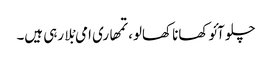
چلو آئو کھانا کھالو، تمھاری امی بْلا رہی ہیں۔